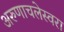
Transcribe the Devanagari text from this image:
अरुणाचलेस्वरा